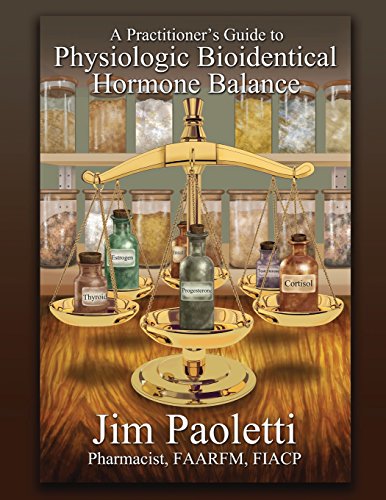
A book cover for A Practitioner's Guide to Physiologic Bioidentical Hormone Balance; Jim Paoletti; Medical Books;